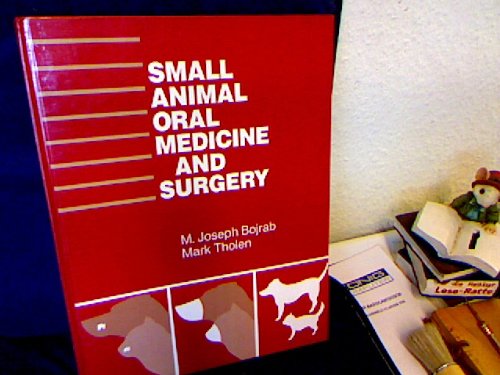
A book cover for Small Animal Oral Medicine and Surgery; Mark A. Tholen; Medical Books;